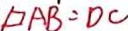
D A B = D C